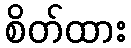
စိတ်ထား